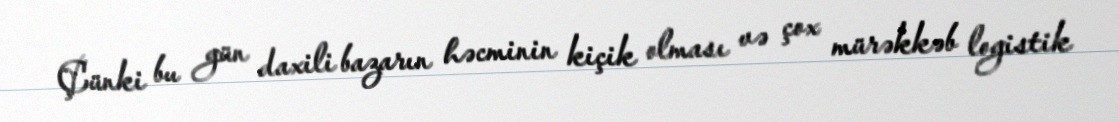
Çünki bu gün daxili bazarın həcminin kiçik olması və çox mürəkkəb logistik